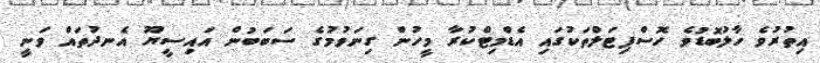
އިތުރުވެ ހާލުބޮޑުވެ ހޮސްޕިޓަލްތަކުގައި އެޑްމިޓްކުރާ މީހުން ގިނަވުމުގެ ސަބަބުން އައިސީޔޫ އެނދުތައް ވަނީ